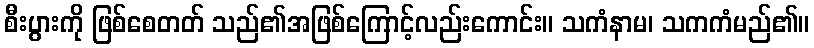
စီးပွားကို ဖြစ်စေတတ် သည်၏အဖြစ်ကြောင့်လည်းကောင်း။ သကံနာမ၊ သကကံမည်၏။